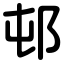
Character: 邨